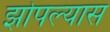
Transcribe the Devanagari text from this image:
झोपल्यास